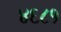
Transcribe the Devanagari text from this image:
४६८१